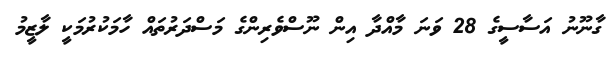
ގާނޫނު އަސާސީގެ 28 ވަނަ މާއްދާ އިން ނޫސްވެރިންގެ މަސްދަރުތައް ހާމަކުރުމަކީ ލާޒީމު